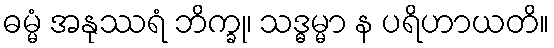
ဓမ္မံ အနုဿရံ ဘိက္ခု၊ သဒ္ဓမ္မာ န ပရိဟာယတိ။